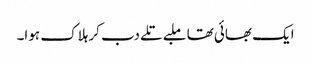
ایک بھائی تھا ملبے تلے دب کر ہلاک ہوا۔